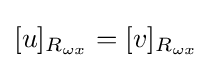
[u]_{R_{\omega x}}=[v]_{R_{\omega x}}